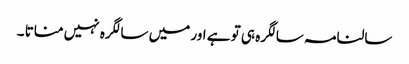
سالنامہ سالگرہ ہی تو ہے اور میں سالگرہ نہیں مناتا ۔